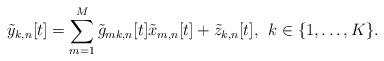
LaTeX: \begin{align*} \tilde{y}_{k,n}[t]=\sum_{m=1}^M \tilde{g}_{mk, n}[t]\tilde{x}_{m,n}[t]+\tilde{z}_{k,n}[t], \:\:k\in\{1,\ldots,K\}.\end{align*}